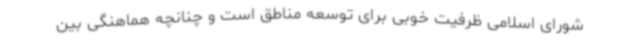
شورای اسلامی ظرفیت خوبی برای توسعه مناطق است و چنانچه هماهنگی بین